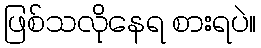
ဖြစ်သလိုနေရ စားရပဲ။